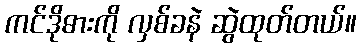
ကင်ဒိုဓားကို လှစ်ခနဲ ဆွဲထုတ်တယ်။